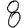
Digit: 8